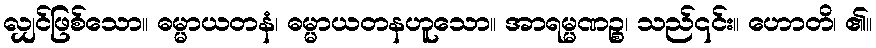
လျှင်ဖြစ်သော။ ဓမ္မာယတနံ၊ ဓမ္မာယတနဟူသော။ အာရမ္မဏဉ္စ၊ သည်၎င်း။ ဟောတိ၊ ၏။